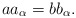
\begin{align*} a a_{\alpha}= b b_{\alpha}.\end{align*}